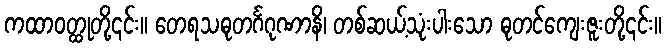
ကထာဝတ္ထုတို့၎င်း။ တေရသဓုတင်္ဂဂုဏာနိ၊ တစ်ဆယ့်သုံးပါးသော ဓုတင်ကျေးဇူးတို့၎င်း။